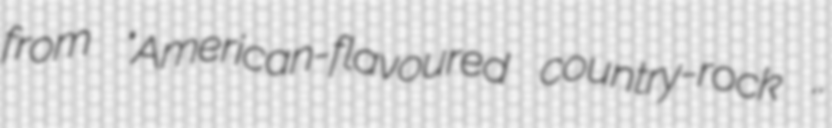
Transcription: from "American-flavoured country-rock ..